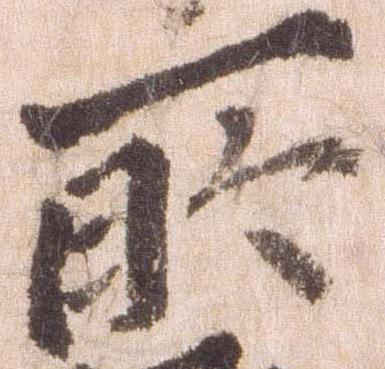
所